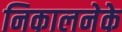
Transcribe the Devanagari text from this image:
निकालनेके